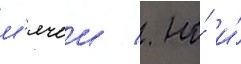
м'ячеи / но́ и́